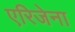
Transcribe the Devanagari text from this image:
एरिजेना